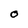
Character: O